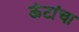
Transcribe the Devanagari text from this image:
ऊंटांचा